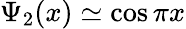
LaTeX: \Psi_{2}(x)\simeq\cos\pi x